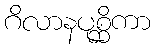
ဂိလာနပုစ္ဆိကာ